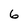
Character: 6